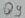
Text: Q9